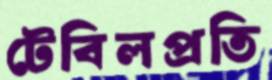
টেবিলপ্রতি